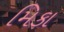
મિકા